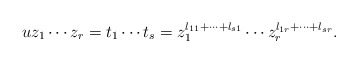
\begin{align*}u z_1 \cdots z_r = t_1 \cdots t_s = z_1^{l_{11} + \dots + l_{s1}} \cdots z_r^{l_{1r} + \dots + l_{sr}}.\end{align*}